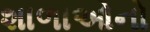
શાળાઓનો